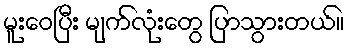
မူးဝေပြီး မျက်လုံးတွေ ပြာသွားတယ်။